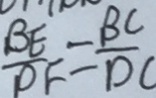
\frac { B E } { D F } = \frac { B C } { D C }